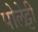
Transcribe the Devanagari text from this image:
पोलेट्टी